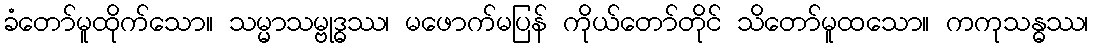
ခံတော်မူထိုက်သော။ သမ္မာသမ္ဗုဒ္ဓဿ၊ မဖောက်မပြန် ကိုယ်တော်တိုင် သိတော်မူထသော။ ကကုသန္ဓဿ၊